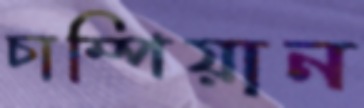
চাম্পিয়ান